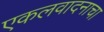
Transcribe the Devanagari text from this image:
एकलवादनाचा